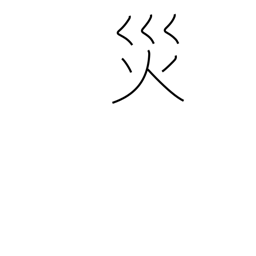
Meaning: curse